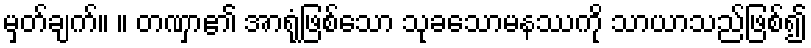
မှတ်ချက်။ ။ တဏှာ၏ အာရုံဖြစ်သော သုခသောမနဿကို သာယာသည်ဖြစ်၍